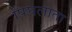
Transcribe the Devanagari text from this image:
पिघलाता